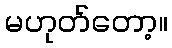
မဟုတ်တော့။